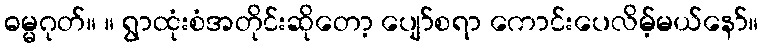
ဓမ္မဂုတ်။ ။ ရွာထုံးစံအတိုင်းဆိုတော့ ပျော်စရာ ကောင်းပေလိမ့်မယ်နော်။